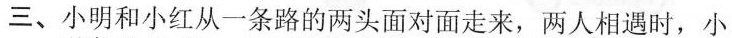
三、小明和小红从一条路的两头面对面走来，两人相遇时，小